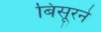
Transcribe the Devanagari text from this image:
बिसूरने